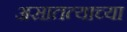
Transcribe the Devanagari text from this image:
असातत्याच्या